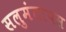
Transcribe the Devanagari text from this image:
सलुमंतापस